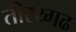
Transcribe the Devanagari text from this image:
तीरथ्गढ